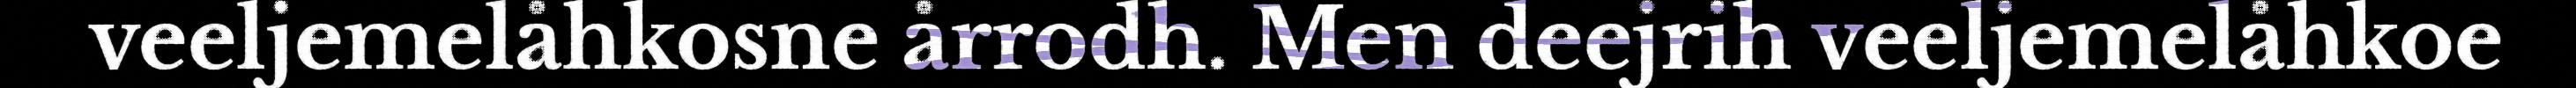
veeljemelåhkosne årrodh. Men deejrih veeljemelåhkoe